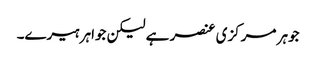
جوہر مرکزی عنصر ہے لیکن جواہر ہیرے۔